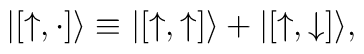
|[{\uparrow},\cdot]\rangle \equiv |[{\uparrow},{\uparrow}]\rangle +|[{\uparrow},{\downarrow}]\rangle,